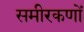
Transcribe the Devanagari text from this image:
समीरकणों